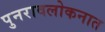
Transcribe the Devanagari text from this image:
पुनरावलोकनात